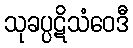
သုခပ္ပဋိသံဝေဒီ